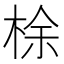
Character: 梌